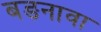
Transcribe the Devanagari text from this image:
बङनावा